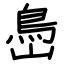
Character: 㠀